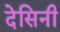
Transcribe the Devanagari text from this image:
देसिनी